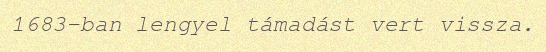
1683-ban lengyel támadást vert vissza.